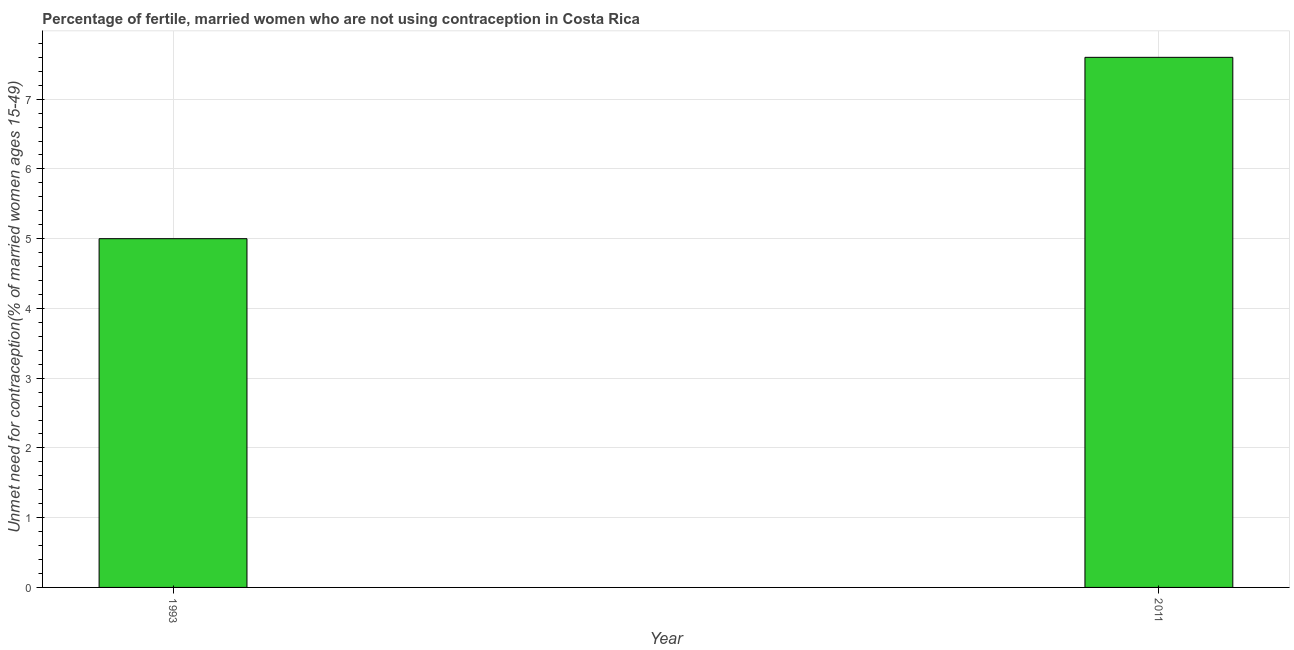
| Year | Unmet need for contraception |
 | --- | --- |
 | 1993 | 5 |
 | 2011 | 7.6 |